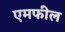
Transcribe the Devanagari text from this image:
एमफील